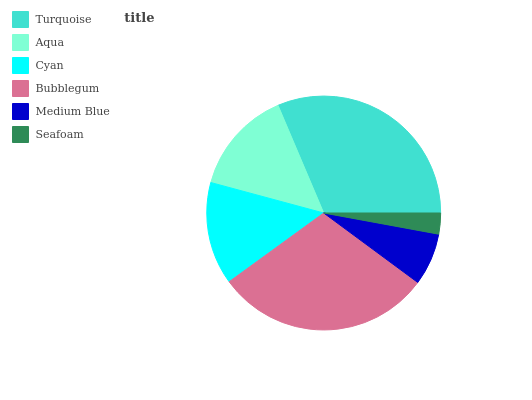
| Turquoise | Aqua | Cyan | Bubblegum | Medium Blue | Seafoam |
 | --- | --- | --- | --- | --- | --- |
 | 31.3% | 14.4% | 14.2% | 29.9% | 7.22% | 2.9% |